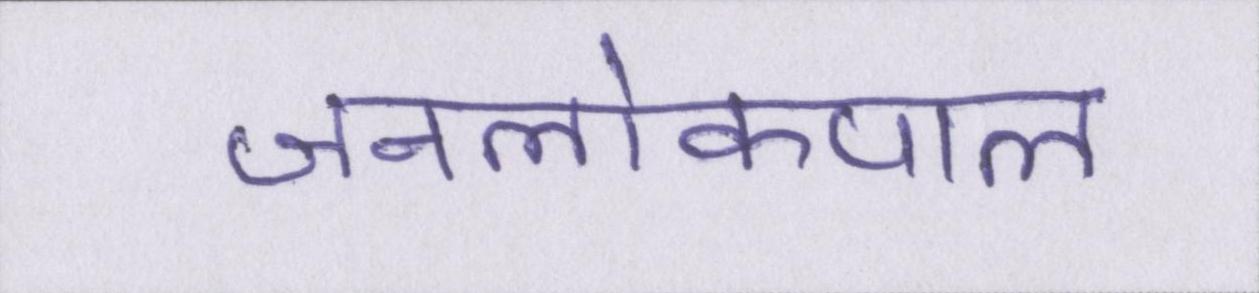
जनलोकपाल